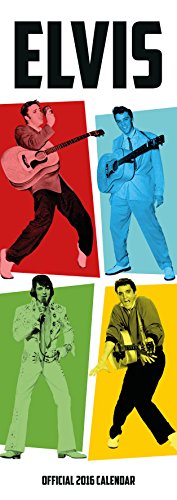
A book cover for The Official Elvis 2016 Slim Calendar; Calendars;